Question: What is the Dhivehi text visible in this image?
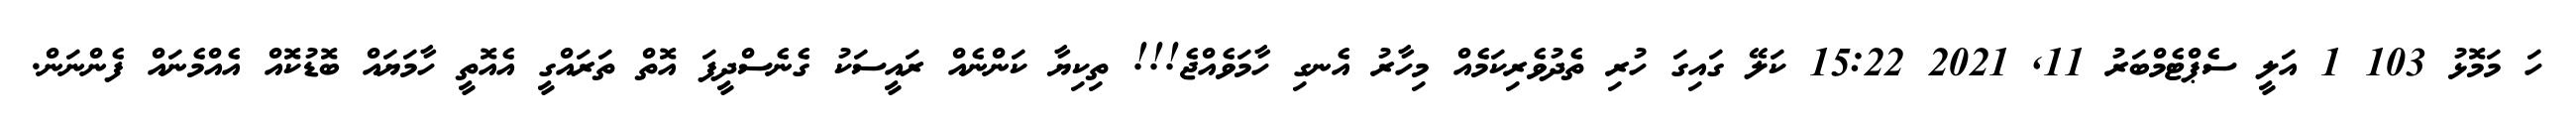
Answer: ހަ މަމޮޅު 103 1 އަލީ ސެޕްޓެމްބަރު 11, 2021 15:22 ކަލޭ ގައިގަ ހުރި ތެދުވެރިކަމެއް މިހާރު އެނގި ހާމަވެއްޖެ!!! ތިކިޔާ ކަންނެއް ރައީސަކު ގެނެސްދީފަ އޮތް ތަރައްގީ އެއޮތީ ހާމަޔައް ބޮޑުކޮއް އެއްމެނައް ފެންނަން.